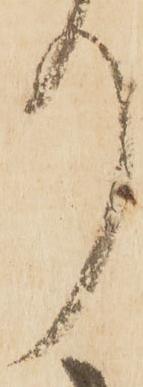
り